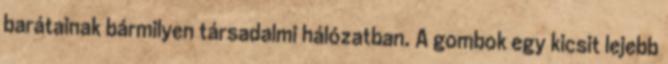
barátainak bármilyen társadalmi hálózatban. A gombok egy kicsit lejebb